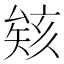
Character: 𪠠